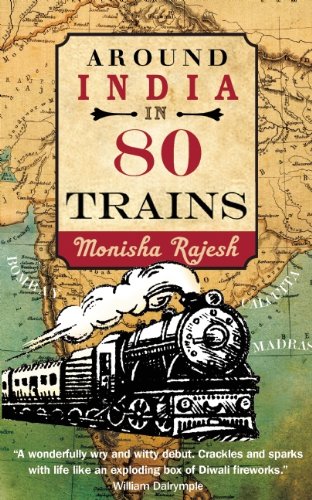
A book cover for Around India in 80 Trains; Monisha Rajesh; Travel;